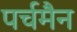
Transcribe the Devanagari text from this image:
पर्चमैन